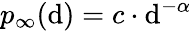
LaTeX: p_{\infty}(\mathrm{d})=c\cdot\mathrm{d}^{-\alpha}